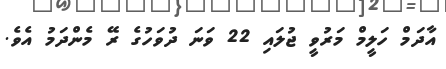
އާދަމް ހަލީމް މަރުވީ ޖުލައި 22 ވަނަ ދުވަހުގެ ރޭ މެންދަމު އެވެ.